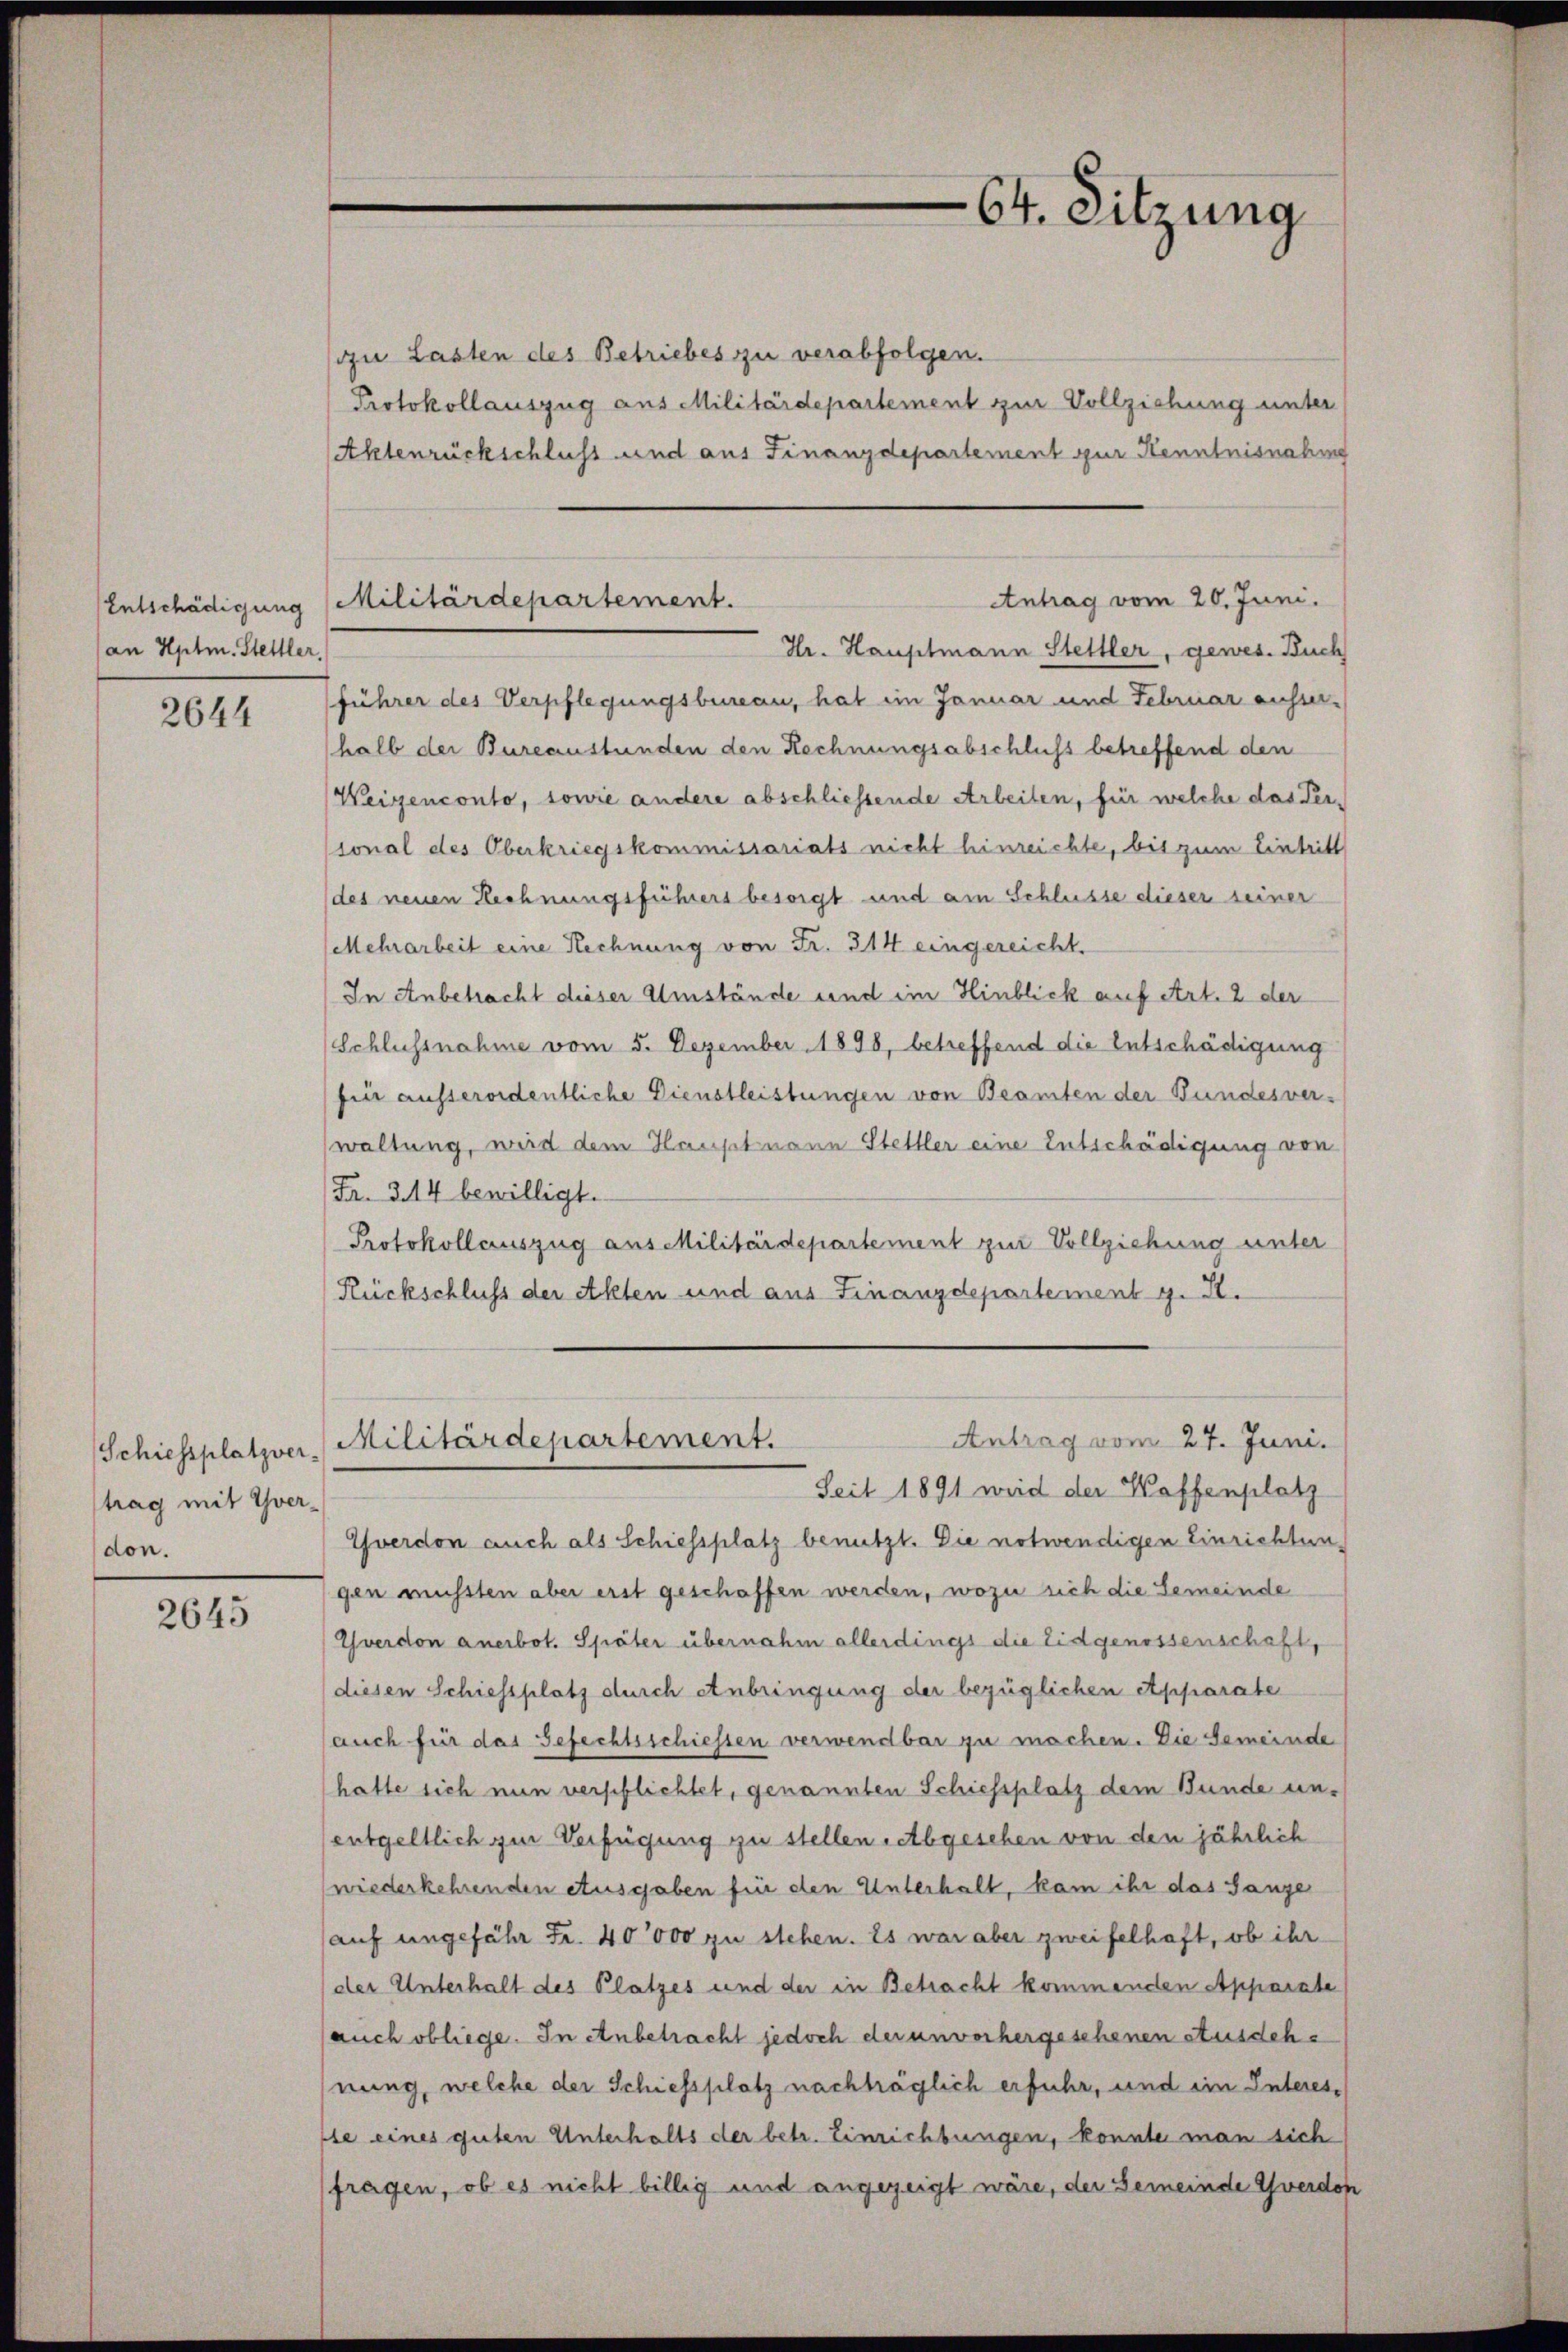
an Hptm. Stettler,

2644

trag mit verdon.

2645

zu Lasten des Betriebes zu verabfolgen.
Protokollauszug aus Militärdepartement zur Vollziehung unter
Aktenrückschluss und aus Finanzdepartement zur Kenntnisnahme
führer des Verpflegungsbureau, hat im Januar und Februar ausser-
halb der Bureaustünden den Rechnungsabschluß betreffend den
Weigenconto, sowie andere abschliessende Arbeiten, für welche das Per-
sonal des Oberkriegskommissariats nicht hinreichte, bis zum Eintritt
des neuen Rechnungsführers besorgt und am Schlusse dieser seiner
Mehrarbeit eine Rechnung von Fr. 314 eingereicht
In Anbetracht dieser Umstände und im Hinblick auf Art. 2 der
(Schlussnahme vom 5. Dezember 1898, betreffend die Entschädigung
fier ausserordentliche Dienstleistungen von Beamten der Bundesver-
waltung, wird dem Hauptmann Stelller eine Entschädigung von
Fr. 314 bewilligt.
Protokollauszug aus Militärdepartement zur Vollziehung unter
Rückschluss der Akten und aus Finanzdepartement g. R.
Antrag vom 27. Juni.
Schiessplatzver Militärdepartement.
Seit 1891 wird der Kaffenplatz
Yverdon auch als Schiessplatz benutzt. Die notwendigen Einrichtengen müsten aber erst geschaffen werden, wozu sich die Gemeinde
Yverdon anerbot. Später übernahm allerdings die Eidgenossenschaft,
(diesen Schiessplatz durch Anbringung der bezüglichen Apparate
auch für das Gefechtsschiessen verwendbar zu machen. Die Gemeinde
hatte sich nun verschlichtet, genannten Schiessplatz dem Bunde unentgeltlich zur Verfügung zu stellen Abgesehen von den jährlich
wiederkehrenden Ausgaben für den Unterhalt, kam ihr das Ganze
auf ungefähr Fr. 40000 zu stehen. Es war aber zweifelhaft, ob ihr
der Unterhalt des Platzes und der in Betracht kommenden Apparate
auch obliege. In Anbetracht jedoch der unvorhergeschenen stusdehe
nung, welche der Schiessplatz nachträglich erfuhr, und ein Interesle eines guten Unterhalts der betr. Einrichtungen, konnte man sich
fragen, ob es nicht billig und angezeigt wäre, der Gemeinde werden

64. Sitzung

Antrag vom 20. Juni.
Entschädigung Militärdepartement.
Hr. Hauptmann Stettler, gewes. Buch